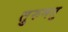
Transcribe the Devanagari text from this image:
तुरुमतु